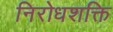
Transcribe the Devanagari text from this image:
निरोधशक्ति